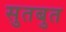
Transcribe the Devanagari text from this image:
सुतबुत